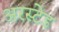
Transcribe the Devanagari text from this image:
अरस्टेड